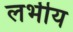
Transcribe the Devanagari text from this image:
लभीय